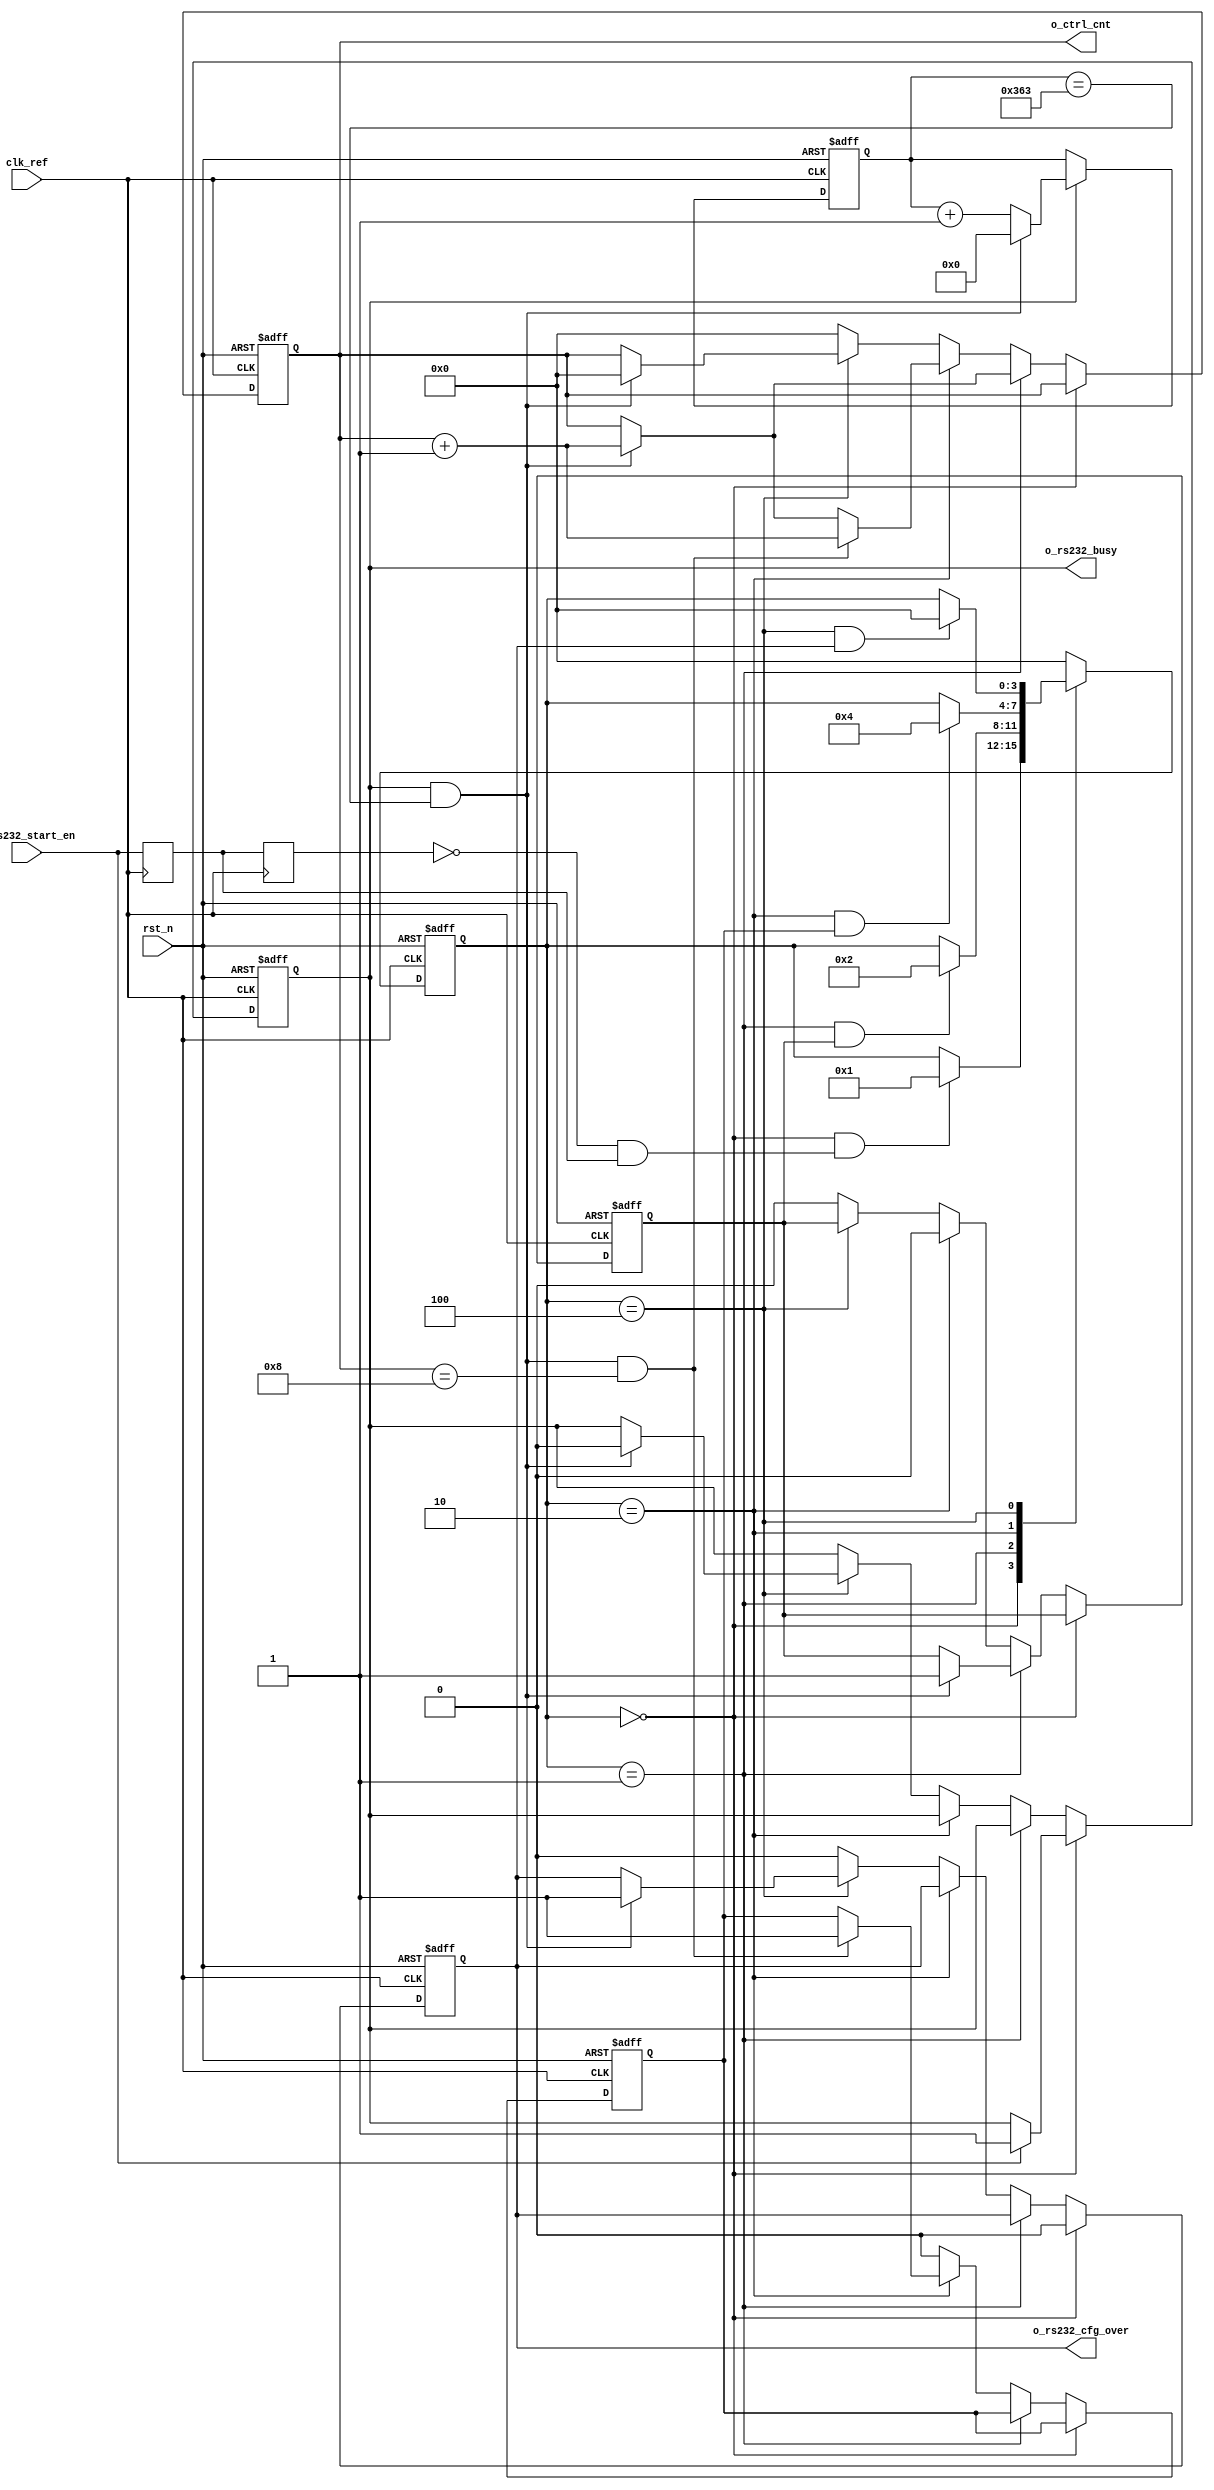

//8

module rs232_ctrl
#(
	parameter CLK_REF = 100,      //clock frequency(Mhz)
	parameter BAUD_RATE = 115200 //serial baud rate
)
(

    input                   clk_ref          ,
    input                   rst_n            ,
    input                   i_rs232_start_en , // rs232 
    output                  o_rs232_cfg_over ,
    output       [3:0]      o_ctrl_cnt       ,
    output                  o_rs232_busy

   
);
parameter          IDLE  = 4'b0000;
parameter          START = 4'b0001;
parameter          RUN   = 4'b0010;
parameter          STOP  = 4'b0100;
parameter  rs232_clk_num = CLK_REF * 1000000 / BAUD_RATE;


reg        [ 3:0]       ctrl_cnt;  // 0-9

reg     [ 3:0]     state_c;
reg     [ 3:0]     state_n;

///////  state wire
wire         idle2start_start; 
wire         start2run_start ; 
wire         run2stop_start  ; 
wire         stop2idle_start ; 
///////
reg          rs232_dat_end   ; 
reg          rs232_run_en    ; 
reg          rs232_cfg_over ;
reg          rs232_busy      ;
//////
reg                 rs232_start_en_t;
reg                 rs232_start_en_tt;
wire                rs232_start_en_pro;


reg     [ 9:0]      clk_cnt;
wire                add_clk_cnt;
wire                end_clk_cnt;

assign       o_ctrl_cnt  = ctrl_cnt;
assign       o_rs232_cfg_over = rs232_cfg_over; 
assign       o_rs232_busy    = rs232_busy;



always@(posedge clk_ref)begin
    rs232_start_en_t <= i_rs232_start_en;
    rs232_start_en_tt<= rs232_start_en_t;
end

assign rs232_start_en_pro = (!rs232_start_en_tt) & rs232_start_en_t;


 


always @(posedge clk_ref or negedge rst_n)begin
        if(!rst_n)begin
            clk_cnt <= 'd0;
    end
    else if(add_clk_cnt)begin
        if(end_clk_cnt)
            clk_cnt <= 'd0;
    else
            clk_cnt <= clk_cnt + 1'b1;
end
end

assign add_clk_cnt = rs232_busy == 1'b1;       
assign end_clk_cnt = add_clk_cnt && clk_cnt== rs232_clk_num - 1;

 

always@(posedge clk_ref or negedge rst_n)begin
    if(!rst_n)begin
        state_c <= IDLE;
    end
    else begin
        state_c <= state_n;
    end
end

always@(*)begin
    case(state_c)
        //
        IDLE:begin
            if(idle2start_start)begin
                state_n = START;
            end
            else begin
                state_n = state_c;
            end
        end
        //
        START:begin
            if(start2run_start)begin
                state_n = RUN;
            end
            else begin
                state_n = state_c;
            end
        end
        //
        RUN:begin
            if(run2stop_start)begin
                state_n = STOP;
            end
            else begin
                state_n = state_c;
            end
        end
        //
        STOP:begin
            if(stop2idle_start)begin
                state_n = IDLE;
            end
            else begin
                state_n = state_c;
            end
        end
        default:begin
            state_n = IDLE;
        end
    endcase
end

assign idle2start_start  = state_c    ==   IDLE    && rs232_start_en_pro ;
assign start2run_start   = state_c    ==   START   && rs232_run_en     ;
assign run2stop_start    = state_c    ==   RUN     && rs232_dat_end  ;
assign stop2idle_start   = state_c    ==   STOP    && rs232_cfg_over;

always  @(posedge clk_ref or negedge rst_n)begin
    if(!rst_n)begin
        ctrl_cnt        <=  'd0;    
        rs232_run_en    <= 1'b0; 
        rs232_busy      <= 1'b0;
        rs232_cfg_over  <= 1'b0;
        rs232_dat_end   <= 1'b0;
    end
    else if(state_c == IDLE)begin
        if(i_rs232_start_en == 1'b1)begin
            rs232_busy <= 1'b1;
        end
        rs232_cfg_over <= 1'b0;        
    end
    else if(state_c == START)begin
        if(end_clk_cnt == 1'b1)begin
            rs232_run_en <= 1'b1;
            ctrl_cnt  <= ctrl_cnt + 1'b1; 
        end
    end
    else if(state_c == RUN) begin
        if(end_clk_cnt == 1'b1 && ctrl_cnt == 'd8)begin
            rs232_dat_end <= 1'b1;
            ctrl_cnt  <= ctrl_cnt + 1'b1;    
        end
        else if(end_clk_cnt == 1'b1)begin
            ctrl_cnt  <= ctrl_cnt + 1'b1; 
        end
        rs232_run_en <= 1'b0;
    end
    else if(state_c == STOP)begin
        if(end_clk_cnt == 1'b1)begin
            ctrl_cnt  <= 'd0;           
            rs232_cfg_over <= 1'b1;
            rs232_busy <= 1'b0;
        end
        rs232_dat_end   <= 1'b0;
    end
    else begin
        ctrl_cnt        <=  'd0;
        rs232_run_en    <= 1'b0;
        rs232_cfg_over  <= 1'b0;
        rs232_dat_end   <= 1'b0;
    end
end





endmodule